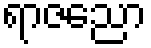
ရာဇညော